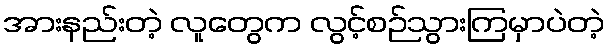
အားနည်းတဲ့ လူတွေက လွင့်စဉ်သွားကြမှာပဲတဲ့